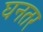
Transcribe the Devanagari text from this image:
घनतर